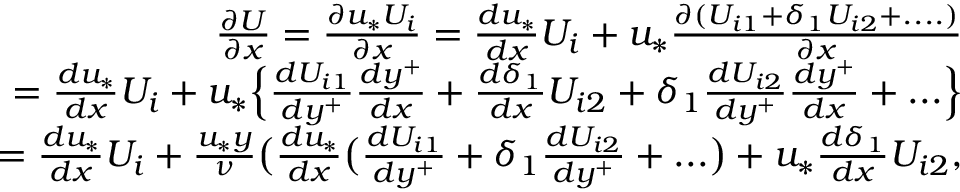
\begin{array} { r } { \frac { \partial U } { \partial x } = \frac { \partial u _ { * } U _ { i } } { \partial x } = \frac { d u _ { * } } { d x } U _ { i } + u _ { * } \frac { \partial ( U _ { i 1 } + { \delta _ { 1 } } U _ { i 2 } + . . . . ) } { \partial x } } \\ { = \frac { d u _ { * } } { d x } U _ { i } + u _ { * } \Big \{ \frac { d U _ { i 1 } } { d y ^ { + } } \frac { d y ^ { + } } { d x } + \frac { d \delta _ { 1 } } { d x } U _ { i 2 } + \delta _ { 1 } \frac { d U _ { i 2 } } { d y ^ { + } } \frac { d y ^ { + } } { d x } + . . . \Big \} } \\ { = \frac { d u _ { * } } { d x } U _ { i } + \frac { u _ { * } y } { \nu } \big ( \frac { d u _ { * } } { d x } \big ( \frac { d U _ { i 1 } } { d y ^ { + } } + \delta _ { 1 } \frac { d U _ { i 2 } } { d y ^ { + } } + . . . \big ) + u _ { * } \frac { d \delta _ { 1 } } { d x } U _ { i 2 } , } \end{array}